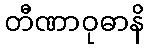
တီဏာဝုဓာနိ